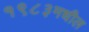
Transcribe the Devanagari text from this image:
१९८३मधील